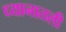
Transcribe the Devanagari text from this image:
ध्यानातली